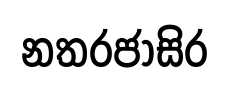
නතරජාසිර